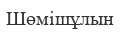
Шөмішұлын